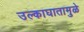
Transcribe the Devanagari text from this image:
उल्काघातामुळे